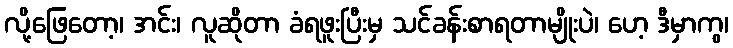
လို့ဖြေတော့၊ အင်း၊ လူဆိုတာ ခံရဖူးပြီးမှ သင်ခန်းစာရတာမျိုးပဲ၊ ဟေ့ ဒီမှာကွ၊